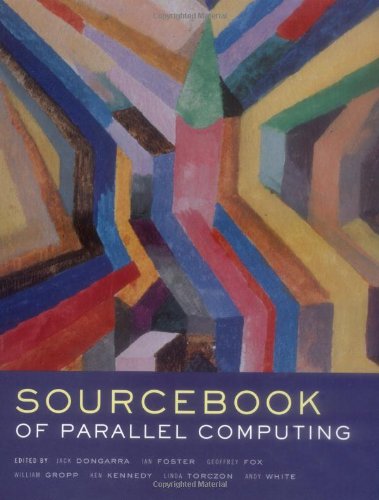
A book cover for The Sourcebook of Parallel Computing (The Morgan Kaufmann Series in Computer Architecture and Design); Computers & Technology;